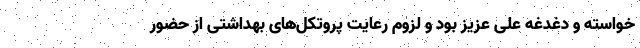
خواسته و دغدغه علی عزیز بود و لزوم رعایت پروتکل‌های بهداشتی از حضور